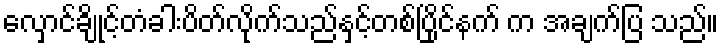
လှောင်ချိုင့်တံခါးပိတ်လိုက်သည်နှင့်တစ်ပြိုင်နက် က အချက်ပြ သည်။